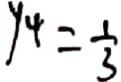
y _ { 4 } = \frac { 1 } { 3 }